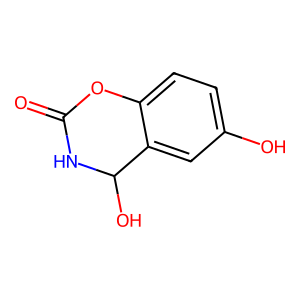
SMILES: O=C1NC(O)c2cc(O)ccc2O1
Inhibits HIV replication: No